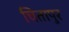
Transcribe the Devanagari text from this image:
चितापुर